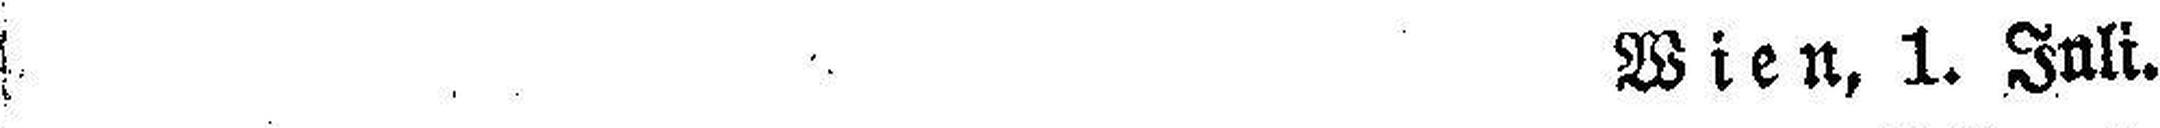
Wien, 1. Juli.